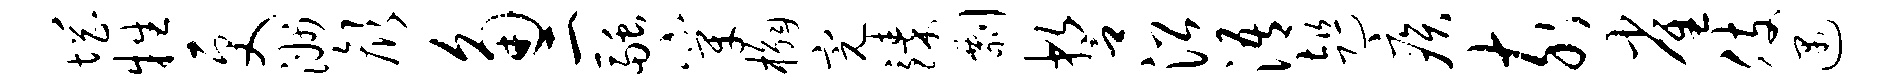
惘牲更洲颜角二融穿槲完臻剽誓沿浯趄疾亥雀肢遇